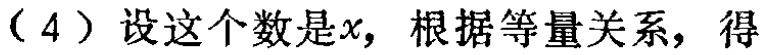
（4）设这个数是\(x\)，根据等量关系，得